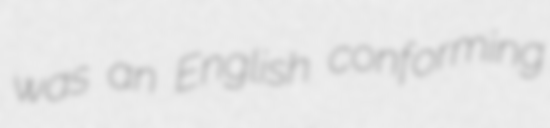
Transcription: was an English conforming